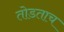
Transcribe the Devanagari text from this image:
तोडताच